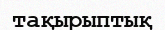
тақырыптық